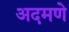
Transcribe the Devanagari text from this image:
अदमणे